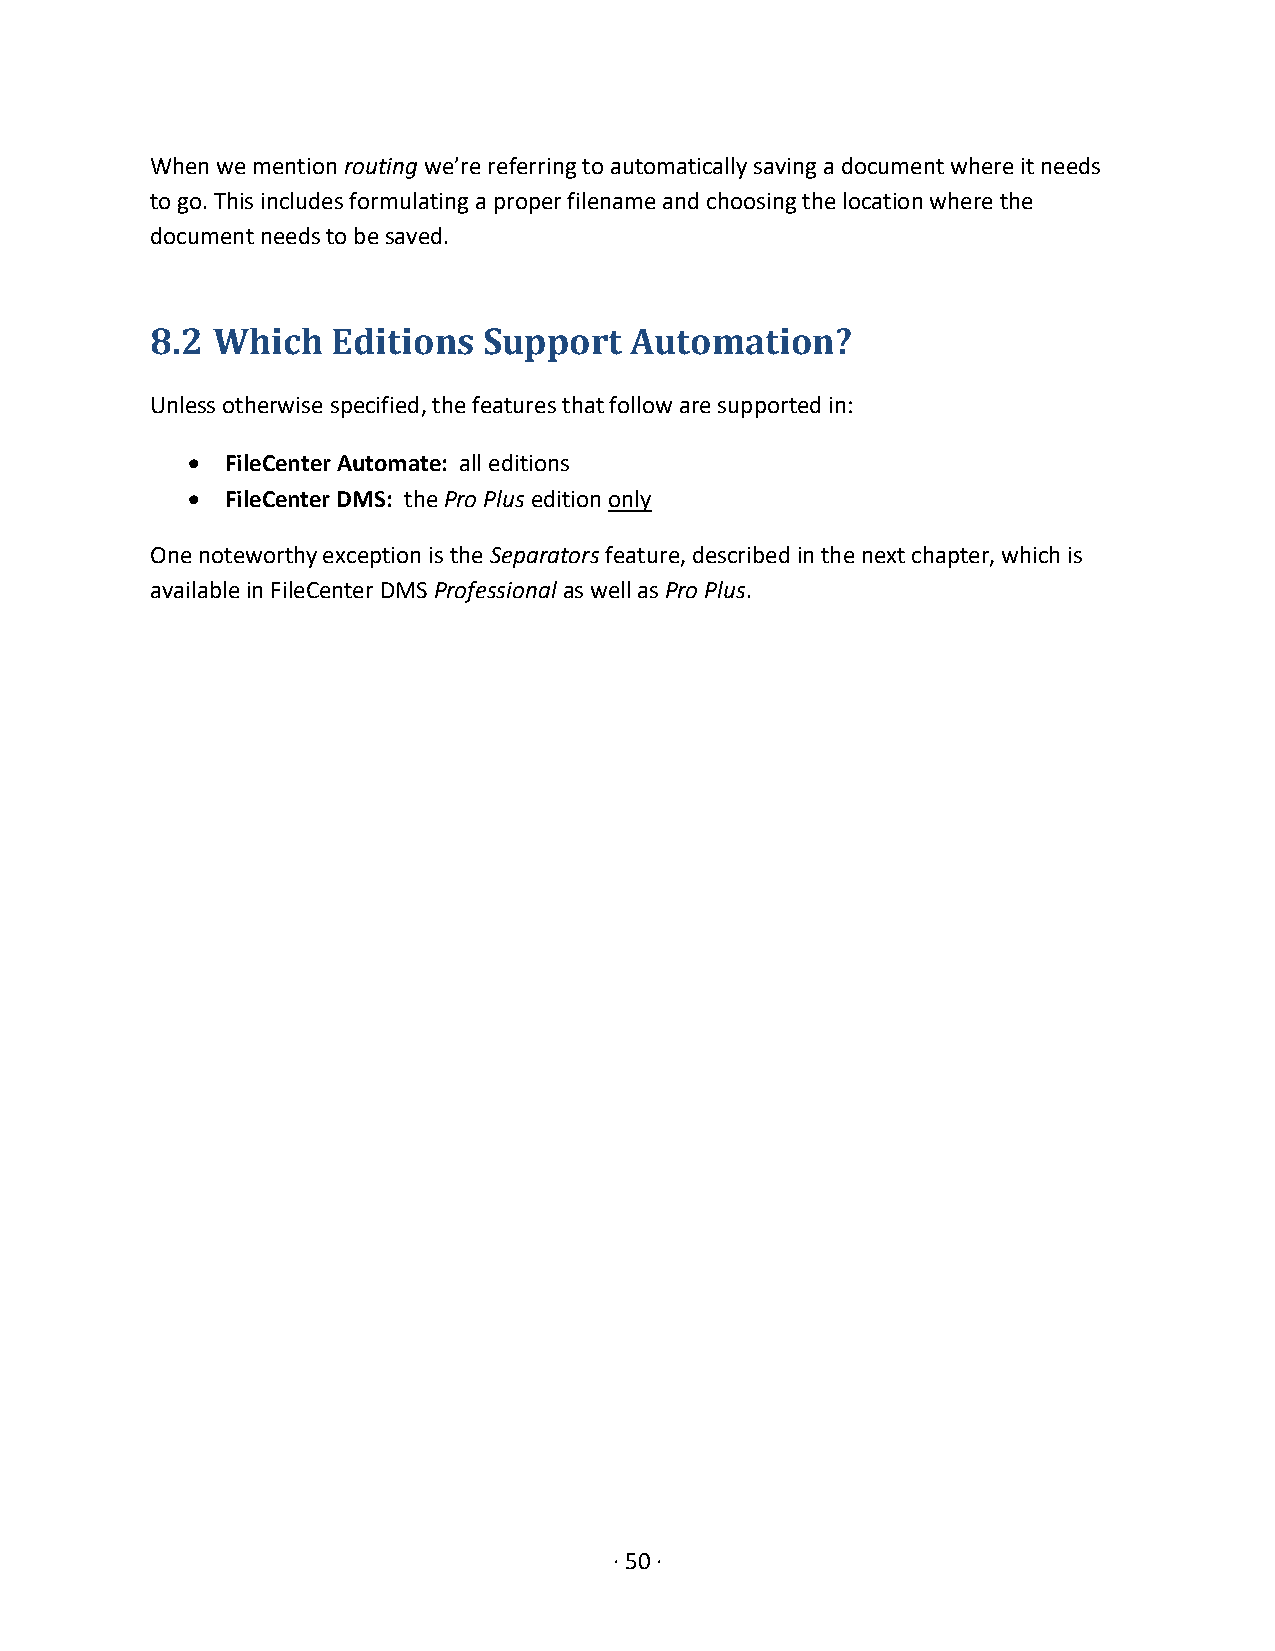
When we mention routing we’re referring to automatically saving a document where it needs
 to go. This includes formulating a proper filename and choosing the location where the
 document needs to be saved.
 8.2 Which   Editions  Support   Automation?
 Unless otherwise specified, the features that follow are supported in:
 •  FileCenter Automate: all editions
 •  FileCenter DMS: the Pro Plus edition only
 One noteworthy exception is the Separators feature, described in the next chapter, which is
 available in FileCenter DMS Professional as well as Pro Plus.
 · 50 ·